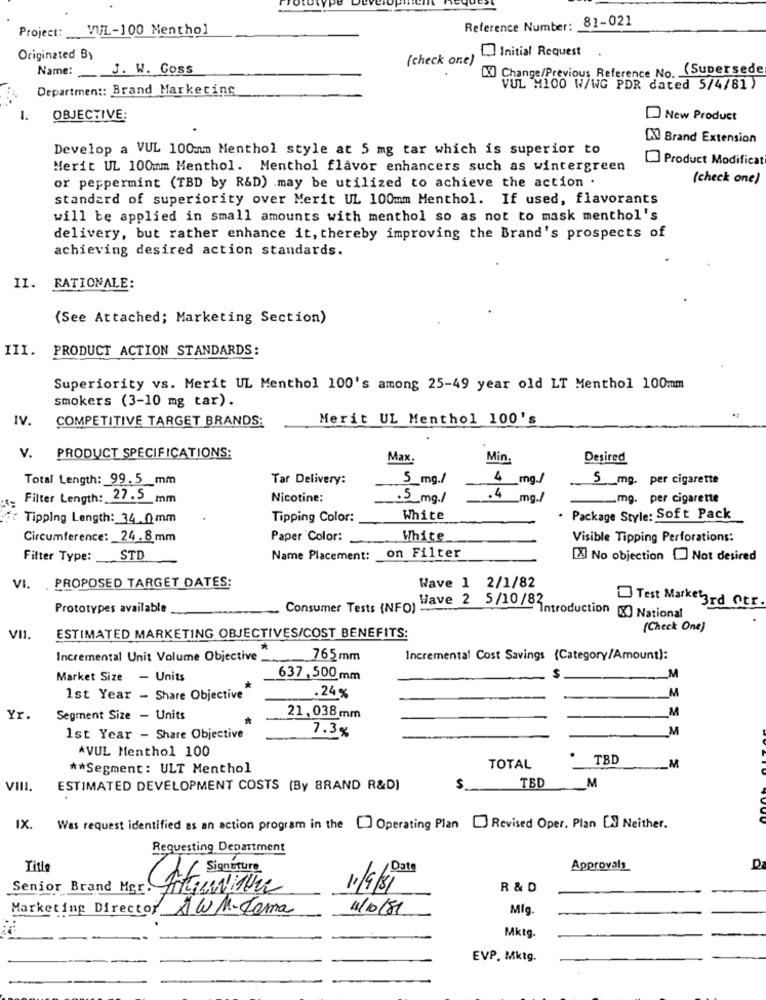
Reference Number: 81-021
Project: VUL-100 Menthol
Initial Request
Originated By
(check one)
Name: J. W. Goss
[X] Change/Previous Reference No. (Supersede
Department: Brand Marketing
VUL M100 W/WG PDR dated 5/4/81)
OBJECTIVE:
New Product
DX Brand Extension
Develop a VUL 100mm Menthol style at 5 mg tar which is superior to
Product Modificat
Merit UL 100mm Menthol. Menthol flavor enhancers such as wintergreen
(check one)
or peppermint (TBD by R&D) may be utilized to achieve the action .
standard of superiority over Merit UL 100mm Menthol. If used, flavorants
will be applied in small amounts with menthol so as not to mask menthol's
delivery, but rather enhance it, thereby improving the Brand's prospects of
achieving desired action standards.
II.
RATIONALE:
(See Attached; Marketing Section)
III.
PRODUCT ACTION STANDARDS:
Superiority vs. Merit UL Menthol 100's among 25-49 year old LT Menthol 100mm
smokers (3-10 mg tar).
IV.
COMPETITIVE TARGET BRANDS:
Merit UL Menthol 100's
v.
PRODUCT SPECIFICATIONS:
Max.
Min
Desired
Total Length: 99.5_mm
Tar Delivery:
5 mg./
4 mg./
5 mg. per cigarette
Filter Length: 27.5_mm
Nicotine:
5 mg./
.4
ma./
-mg. per cigarette
Tipping Length: 34.0mm
Tipping Color:
White
. Package Style: Soft Pack
Circumference: 24.8mm
Paper Color:
White
Visible Tipping Perforations:
Filter Type: STD
Name Placement: on Filter
[J No objection [ Not desired
VI.
.PROPOSED TARGET DATES:
Wave 1 2/1/82
Prototypes available
Consumer Tests INFO)
Test Market 3rd Otr.
Wave 2 5/10 /Introduction (X) National
(Check One)
VII
ESTIMATED MARKETING OBJECTIVES/COST BENEFITS:
Incremental Unit Volume Objective
765 mm
Incremental Cost Savings {Category/Amount):
Market Size - Units
637 , 500 mm
M
M
1st Year - Share Objective
.24%
M
Yr.
Segment Size - Units
21, 038 mm
7.3%
M
1st Year - Share Objective
*VUL Menthol 100
TBD
** Segment: ULT Menthol
TOTAL
_M
M
VIII.
ESTIMATED DEVELOPMENT COSTS (By BRAND R&D)
$
TBD
IX.
Was request identified as an action program in the [ Operating Plan [ Revised Oper. Plan [9 Neither.
Requesting Department
Title
/ Date
Approvals
D
(Af Signature
Senior Brand Mgr Atuwith
11/9/81
R & D
Marketing Director AWM-Tema
11/10/81
Mig
Mktg
EVP. Mktg.